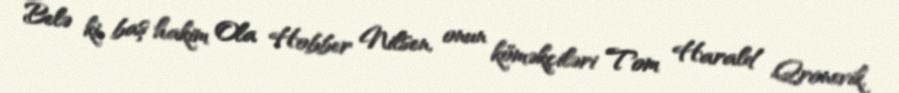
Belə ki, baş hakim Ola Hobber Nilsen, onun köməkçiləri Tom Harald Qronevik,